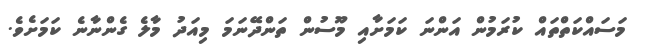
މަސައްކަތްތައް ކުރަމުން އަންނަ ކަމަށާއި މޫސުން ތަންދޭނަމަ މިއަދު މާލެ ގެންނާނެ ކަމަށެވެ.